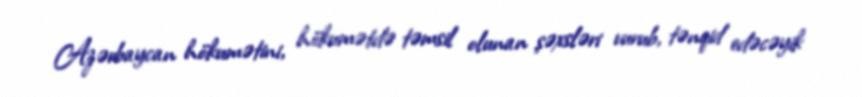
Azərbaycan hökumətini, hökumətdə təmsil olunan şəxsləri vurub, tənqid edəcəyik